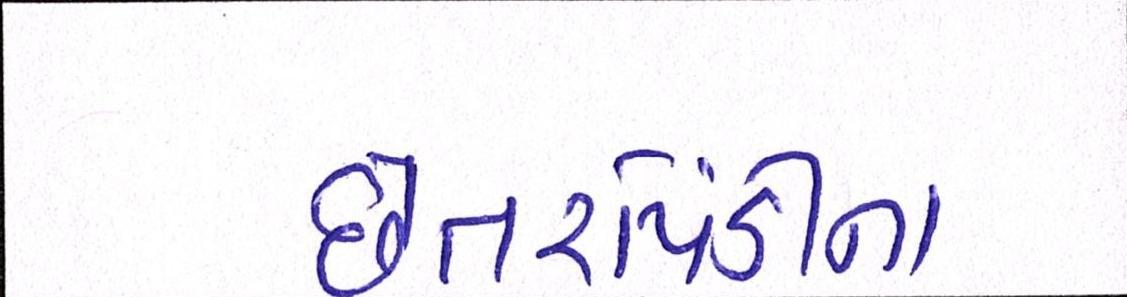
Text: છેતરપિંડીના